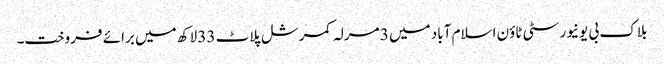
بلاک بی یونیورسٹی ٹاؤن اسلام آباد میں 3 مرلہ کمرشل پلاٹ 33 لاکھ میں برائے فروخت۔